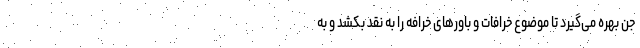
جن بهره می‌گیرد تا موضوع خرافات و باورهای خرافه را به نقد بکشد و به